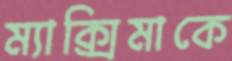
ম্যাক্সিমাকে